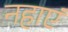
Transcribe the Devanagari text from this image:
नहाएं